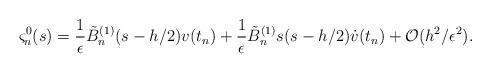
LaTeX: \begin{align*}\begin{aligned}\varsigma^{0}_{n}(s)= \frac{1}{\epsilon}\tilde{B}_{n}^{(1)}(s-h/2)v(t_n)+\frac{1}{\epsilon}\tilde{B}_{n}^{(1)} s (s-h/2)\dot{v}(t_n)+\mathcal{O}(h^2/\epsilon^2).\\\end{aligned}\end{align*}